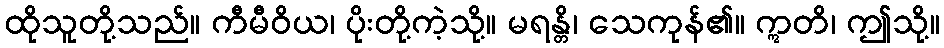
ထိုသူတို့သည်။ ကီမီဝိယ၊ ပိုးတို့ကဲ့သို့။ မရန္တိ၊ သေကုန်၏။ ဣတိ၊ ဤသို့။